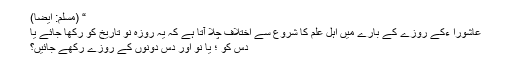
“ (مسلم: ایضاً)
عاشورا ءکے روزے کے بارے میں اہل علم کا شروع سے اختلاف چلا آتا ہے کہ یہ روزہ نو تاریخ کو رکھا جائے یا
دس کو ؛ یا نو اور دس دونوں کے روزے رکھے جائیں؟